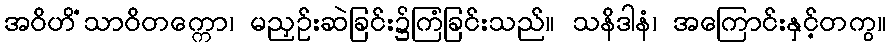
အဝိဟိံသာဝိတက္ကော၊ မညှဉ်းဆဲခြင်း၌ကြံခြင်းသည်။ သနိဒါနံ၊ အကြောင်းနှင့်တကွ။